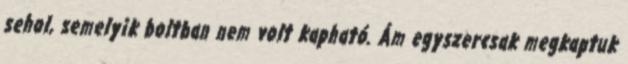
sehol, semelyik boltban nem volt kapható. Ám egyszercsak megkaptuk